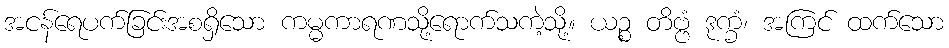
အငန်ရေပက်ခြင်းအစရှိသော ကမ္မကာရဏသို့ရောက်သကဲ့သို့။ ယဉ္စ တိဗ္ဗံ ဒုက္ခံ၊ အကြင် ထက်သော